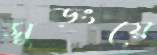
সুড়ংয়ে